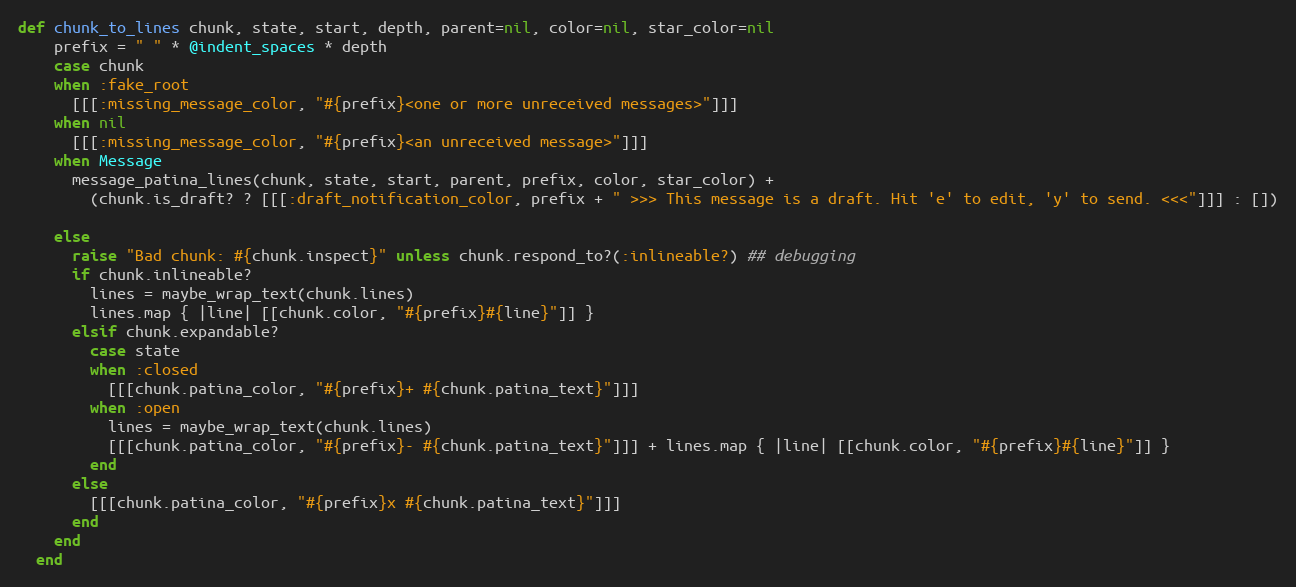
Language: Ruby
def chunk_to_lines chunk, state, start, depth, parent=nil, color=nil, star_color=nil
    prefix = " " * @indent_spaces * depth
    case chunk
    when :fake_root
      [[[:missing_message_color, "#{prefix}<one or more unreceived messages>"]]]
    when nil
      [[[:missing_message_color, "#{prefix}<an unreceived message>"]]]
    when Message
      message_patina_lines(chunk, state, start, parent, prefix, color, star_color) +
        (chunk.is_draft? ? [[[:draft_notification_color, prefix + " >>> This message is a draft. Hit 'e' to edit, 'y' to send. <<<"]]] : [])

    else
      raise "Bad chunk: #{chunk.inspect}" unless chunk.respond_to?(:inlineable?) ## debugging
      if chunk.inlineable?
        lines = maybe_wrap_text(chunk.lines)
        lines.map { |line| [[chunk.color, "#{prefix}#{line}"]] }
      elsif chunk.expandable?
        case state
        when :closed
          [[[chunk.patina_color, "#{prefix}+ #{chunk.patina_text}"]]]
        when :open
          lines = maybe_wrap_text(chunk.lines)
          [[[chunk.patina_color, "#{prefix}- #{chunk.patina_text}"]]] + lines.map { |line| [[chunk.color, "#{prefix}#{line}"]] }
        end
      else
        [[[chunk.patina_color, "#{prefix}x #{chunk.patina_text}"]]]
      end
    end
  end